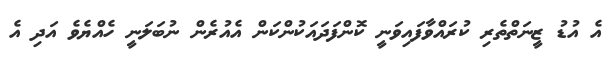
އެ އުޑު ޒީނަތްތެރި ކުރައްވާފައިވަނީ ކޮންފަދައަކުންކަން އެއުރެން ނުބަލަނީ ހެއްޔެވެ އަދި އެ